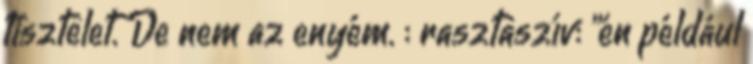
tisztelet. De nem az enyém. : rasztaszív: "én például